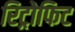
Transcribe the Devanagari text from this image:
रिट्रोफिट